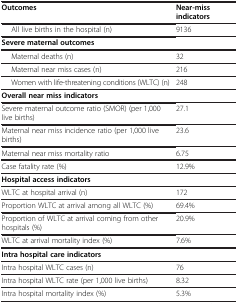
<table><thead><tr><td><b>Outcomes</b></td><td><b>Near-miss indicators</b></td></tr></thead><tbody><tr><td>All live births in the hospital (n)</td><td>9136</td></tr><tr><td><b>Severe maternal outcomes</b></td><td> </td></tr><tr><td>Maternal deaths (n)</td><td>32</td></tr><tr><td>Maternal near miss cases (n)</td><td>216</td></tr><tr><td>Women with life-threatening conditions (WLTC) (n)</td><td>248</td></tr><tr><td><b>Overall near miss indicators</b></td><td> </td></tr><tr><td>Severe maternal outcome ratio (SMOR) (per 1,000 live births)</td><td>27.1</td></tr><tr><td>Maternal near miss incidence ratio (per 1,000 live births)</td><td>23.6</td></tr><tr><td>Maternal near miss mortality ratio</td><td>6.75</td></tr><tr><td>Case fatality rate (%)</td><td>12.9%</td></tr><tr><td><b>Hospital access indicators</b></td><td> </td></tr><tr><td>WLTC at hospital arrival (n)</td><td>172</td></tr><tr><td>Proportion WLTC at arrival among all WLTC (%)</td><td>69.4%</td></tr><tr><td>Proportion of WLTC at arrival coming from other hospitals (%)</td><td>20.9%</td></tr><tr><td>WLTC at arrival mortality index (%)</td><td>7.6%</td></tr><tr><td><b>Intra hospital care indicators</b></td><td> </td></tr><tr><td>Intra hospital WLTC cases (n)</td><td>76</td></tr><tr><td>Intra hospital WLTC rate (per 1,000 live births)</td><td>8.32</td></tr><tr><td>Intra hospital mortality index (%)</td><td>5.3%</td></tr></tbody></table>